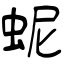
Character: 蚭